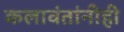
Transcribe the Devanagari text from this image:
कलावंतांनीही